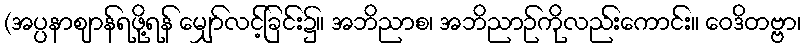
(အပ္ပနာဈာန်ရဖို့ရန် မျှော်လင့်ခြင်း၌။ အဘိညာစ၊ အဘိညာဉ်ကိုလည်းကောင်း။ ဝေဒိတဗ္ဗာ၊